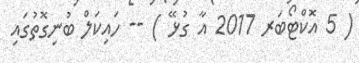
( 5 އޮކްޓޯބަރ 2017 އާ ގުޅޭ ) -- ހައިކަލް ބުނިގޮތުގައި